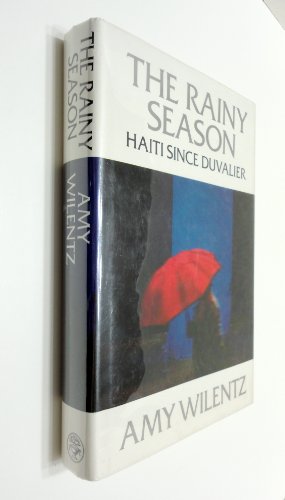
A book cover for The Rainy Season Hait Since Duvalier; AMY WILENTZ; Travel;